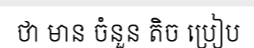
ថា មាន ចំនួន តិច ប្រៀប